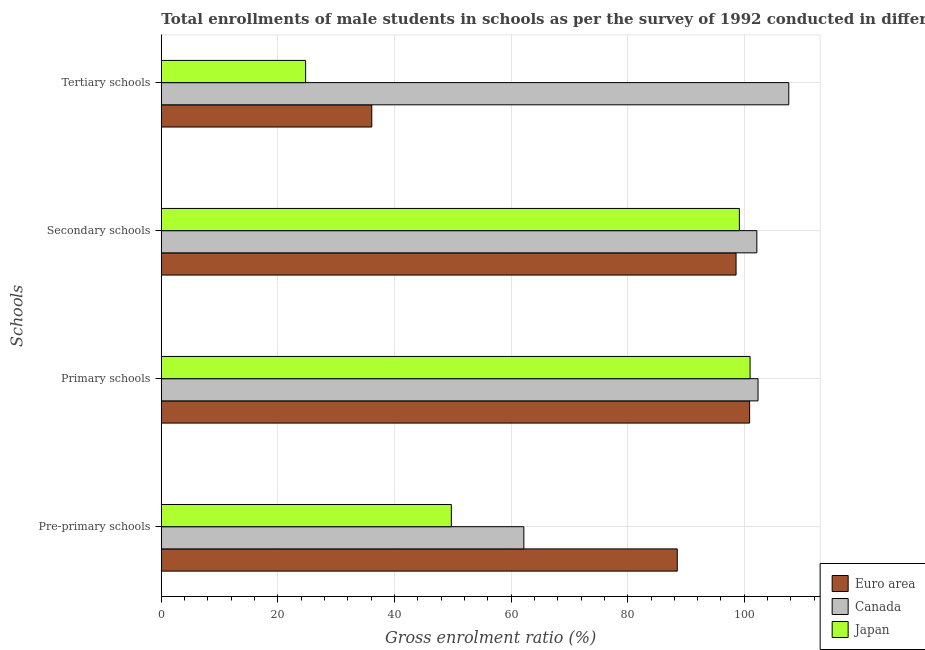
| Schools | Euro area | Canada | Japan |
 | --- | --- | --- | --- |
 | Pre-primary schools | 88.5 | 62.2 | 49.7 |
 | Primary schools | 101 | 102 | 101 |
 | Secondary schools | 98.6 | 102 | 99.2 |
 | Tertiary schools | 36.1 | 108 | 24.8 |